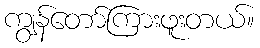
ကျွန်တော်ကြားဖူးတယ်။